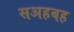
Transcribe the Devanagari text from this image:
सअहबह